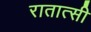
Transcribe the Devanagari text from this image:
रातात्सी